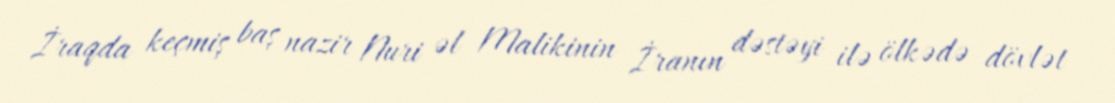
İraqda keçmiş baş nazir Nuri əl Malikinin İranın dəstəyi ilə ölkədə dövlət